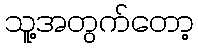
သူ့အတွက်တော့